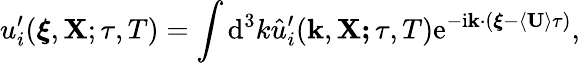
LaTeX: u_{i}^{\prime}(\boldsymbol{\xi},\mathbf{X};\tau,T)=\int\mathrm{d}^{3}k\hat{u}_{i}^{\prime}(\mathbf{k},\mathbf{X;\tau},T)\mathrm{e}^{-\mathrm{i}\mathbf{k}\cdot(\boldsymbol{\xi}-\left\langle\mathbf{U}\right\rangle\tau)},